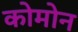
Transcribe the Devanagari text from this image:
कोमोन